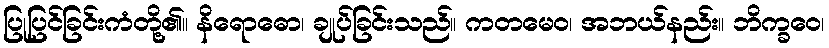
ပြုပြင်ခြင်းကံတို့၏။ နိရောဓော၊ ချုပ်ခြင်းသည်။ ကတမေဝ၊ အဘယ်နည်း။ ဘိက္ခဝေ၊